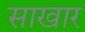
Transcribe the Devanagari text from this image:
साखार